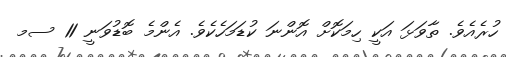
ހުރެއެވެ. ތާވަޅަ އަކީ ހިމަކޮށް އޮންނަ ކުޑަމަހެކެވެ. އެންމެ ބޮޑުވަނީ 11 ސމ